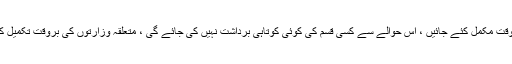
2015ء) وزیراعظم محمد نواز شریف نے کہا ہے کہ نیلم جہلم سمیت توانائی کے دیگر منصوبے بروقت مکمل کئے جائیں ، اس حوالے سے کسی قسم کی کوئی کوتاہی برداشت نہیں کی جائے گی ، متعلقہ وزارتوں کی بروقت تکمیل کیلئے اقدامات کریں اور منصوبوں کے لئے مطلوبہ رقوم کی فراہمی یقینی بنانے کیلئے میٹنگز کریں ۔